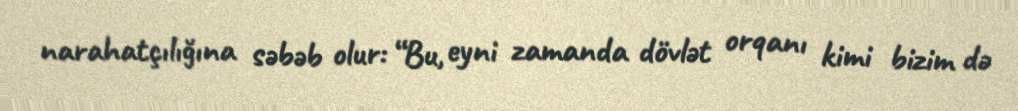
narahatçılığına səbəb olur: “Bu, eyni zamanda dövlət orqanı kimi bizim də